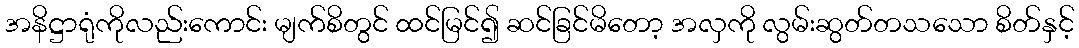
အနိဋ္ဌာရုံကိုလည်းကောင်း မျက်စိတွင် ထင်မြင်၍ ဆင်ခြင်မိတော့ အလှကို လွမ်းဆွတ်တသသော စိတ်နှင့်